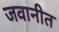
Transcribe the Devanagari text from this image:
जवानीत